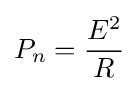
P_{n}={\frac {E^{2}}{R}}\,\!